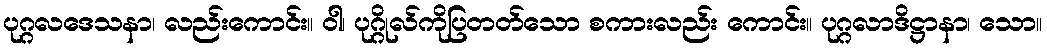
ပုဂ္ဂလဒေသနာ၊ လည်းကောင်း။ ဝါ၊ ပုဂ္ဂိုလ်ကိုပြတတ်သော စကားလည်း ကောင်း။ ပုဂ္ဂလာဒိဋ္ဌာနာ၊ သော။